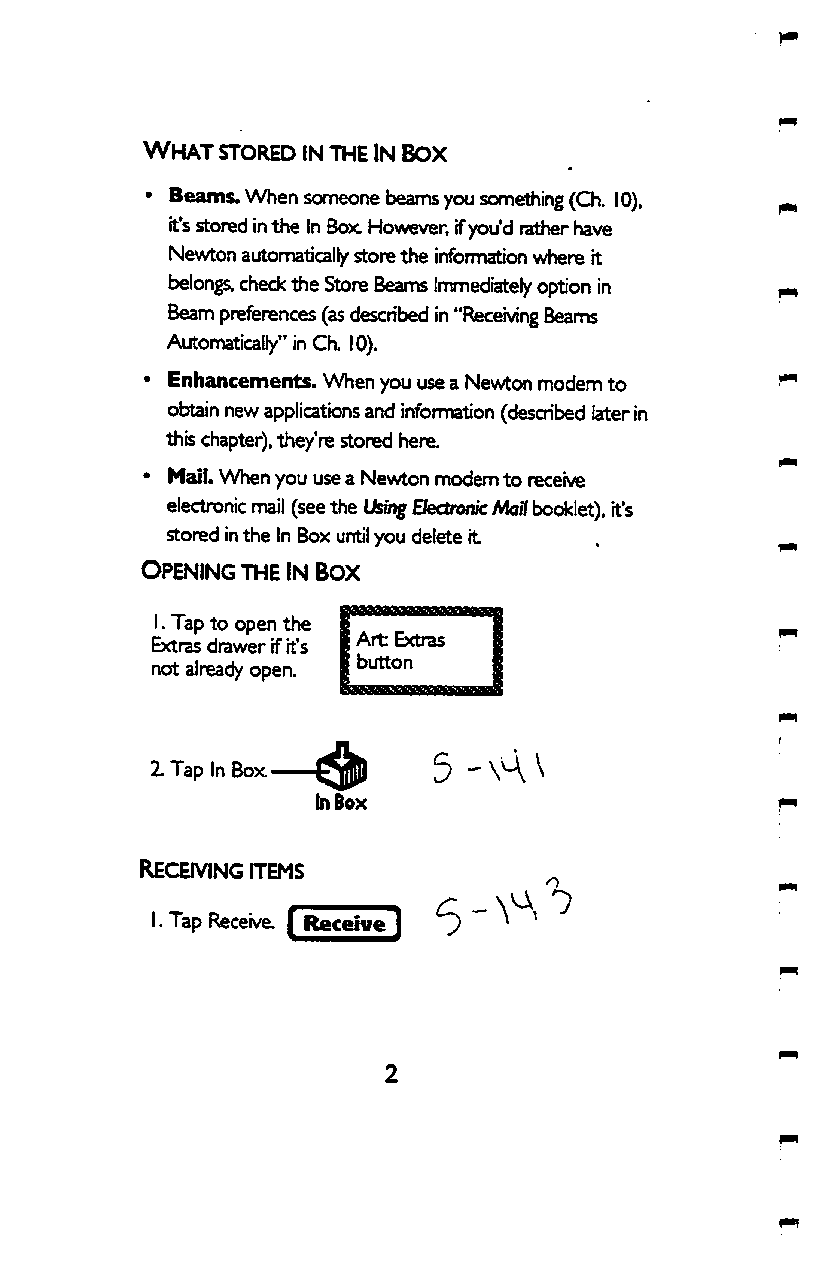
What stored in the In Box
 • Beams. When someone beams you something (Ch. 10),
 it's stored in the In Box However, If you'd rather have
 Newton autonnatically store the infonmation where it
 belong check the Store Beams Immediately option in
 Beam preferences (as described in "Receiving Beams
 Autonraticaily" in Ch. 10).
 • Enhancements. When you use a Newton modem to
 obtain new applications and infomiation (described later in
 this chapter), they're stored here.
 • Mail. When you use a Newton modem to receive
 electronic nnail (see the Uang Bectroi^ Mail booklet), it's
 stored in the In Box until you delete it
 Opening THE in box
 I. Tap to open the
 Extras drawer if it's Art Extras
 not already open. button
 2. Tap In Box  ^ 5  - \H ^
 in Box
 Receiving items
 I. Tap Receive. I Receive